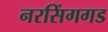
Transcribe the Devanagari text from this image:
नरसिंगगड